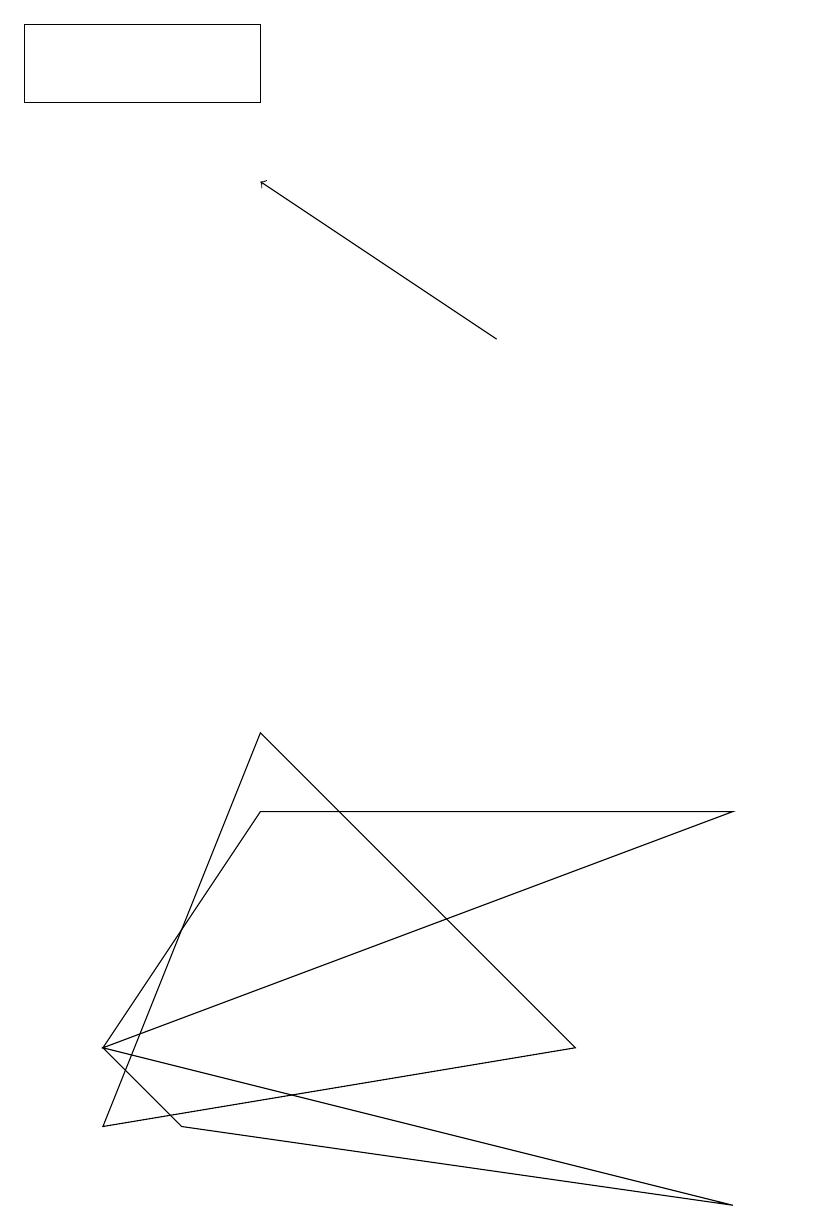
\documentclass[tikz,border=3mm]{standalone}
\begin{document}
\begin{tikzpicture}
\draw (9,3) -- (2,4) -- (1,5) -- cycle;
\draw (3,9) -- (7,5) -- (1,4) -- cycle;
\draw (3,8) -- (9,8) -- (1,5) -- cycle;
\draw (3,18) rectangle (0,17);
\draw[->] (6,14) -- (3,16);
\draw (10,11) circle (0);
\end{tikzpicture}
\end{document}